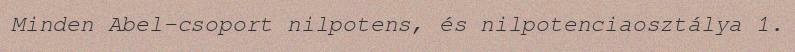
Minden Abel-csoport nilpotens, és nilpotenciaosztálya 1.